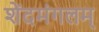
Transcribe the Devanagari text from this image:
शेंदमंगलम्